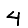
Digit: 4